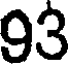
93